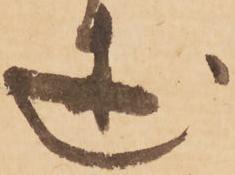
述